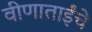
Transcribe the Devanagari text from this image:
वीणाताईंचे